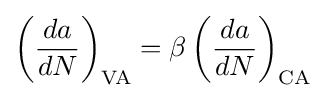
\left({\frac {da}{dN}}\right)_{\text{VA}}=\beta \left({\frac {da}{dN}}\right)_{\text{CA}}